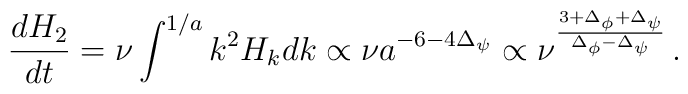
{dH_2\over dt}=\nu\int\sp{1/a}k\sp2H_kdk\propto\nu a\sp{-6-4\Delta_\psi}\propto\nu\sp{3+\Delta_\phi+\Delta_\psi\over\Delta_\phi-\Delta_\psi}\,.